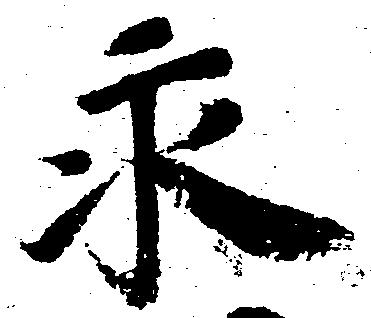
永